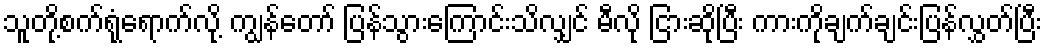
သူတို့စက်ရုံရောက်လို့ ကျွန်တော် ပြန်သွားကြောင်းသိလျှင် မီလို ငြားဆိုပြီး ကားကိုချက်ချင်းပြန်လွှတ်ပြီး